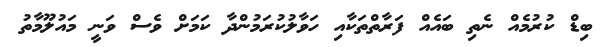
ބިޑް ކުރުމެއް ނެތި ބައެއް ފަރާތްތަކާއި ހަވާލުކުރަމުންދާ ކަމަށް ވެސް ވަނީ މައުލޫމާތު